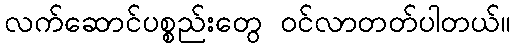
လက်ဆောင်ပစ္စည်းတွေ ဝင်လာတတ်ပါတယ်။